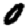
Digit: 0